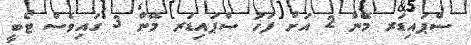
ސްޕައިޑަރ މޭން 2 އަށް ފަހު ސްޕައިޑަރ މޭން 3 ގައިވެސް ޓޯބީ